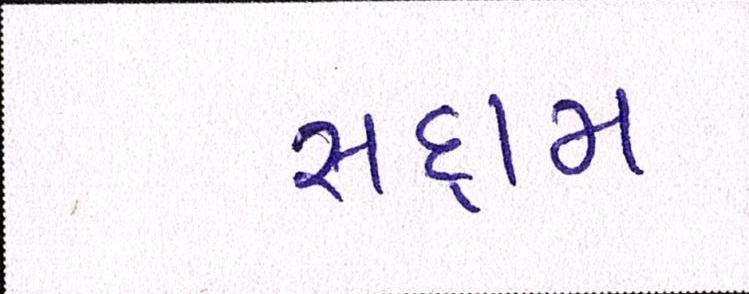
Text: સદ્દામ